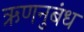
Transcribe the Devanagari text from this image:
ऋणनुबंध